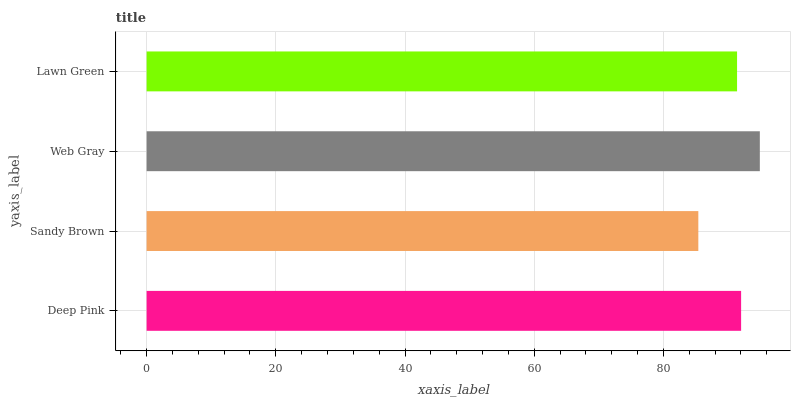
| yaxis_label | bars |
 | --- | --- |
 | Deep Pink | 92 |
 | Sandy Brown | 85.4 |
 | Web Gray | 94.9 |
 | Lawn Green | 91.4 |